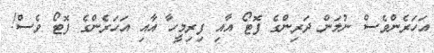
އަހަރެންވެސް ނުލަން ދަރިންގެ ފޮޓޯ އާއި ފިރިމީހާ އާއި އަހަރެންގެ ފޮޓޯ ވެސް!